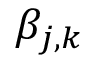
\beta _ { j , k }